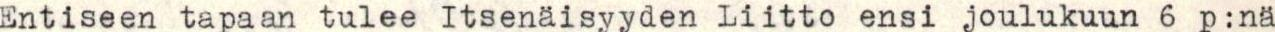
Entiseen tapaan tulee Itsenäisyyden Liitto ensi joulukuun 6 p:nä